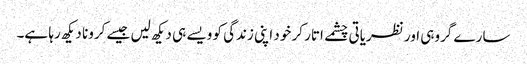
سارے گروہی اور نظریاتی چشمے اتار کر خود اپنی زندگی کو ویسے ہی دیکھ لیں جیسے کرونا دیکھ رہا ہے۔